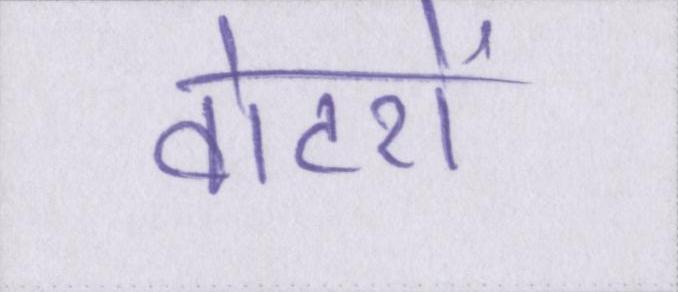
वोटरों